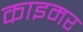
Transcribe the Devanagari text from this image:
काइमर